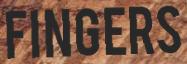
FINGERS